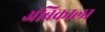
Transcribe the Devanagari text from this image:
अंबिकाला